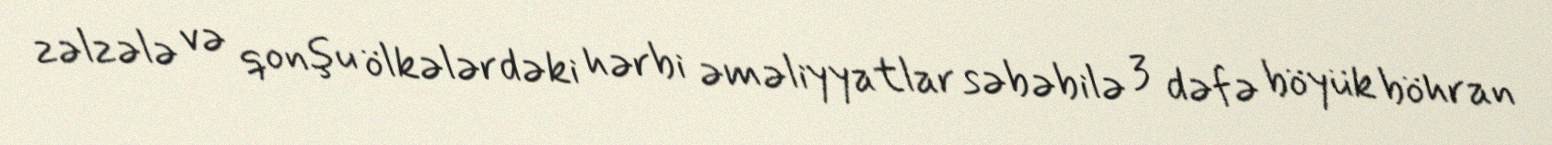
zəlzələ və qonşu ölkələrdəki hərbi əməliyyatlar səbəbilə 3 dəfə böyük böhran